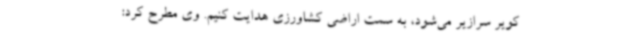
کویر سرازیر می‌شود، به سمت اراضی کشاورزی هدایت کنیم. وی مطرح کرد: